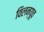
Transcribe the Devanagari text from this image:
विलन्यूव